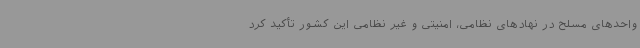
واحدهای مسلح در نهادهای نظامی، امنیتی و غیر نظامی این کشور تأکید کرد